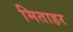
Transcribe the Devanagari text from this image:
मिताहर